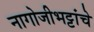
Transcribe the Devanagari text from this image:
नागोजीभट्टांचे